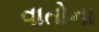
વાતોના